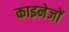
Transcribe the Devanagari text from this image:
काइनेजों